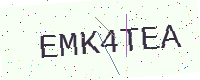
Text: EMK4TEA